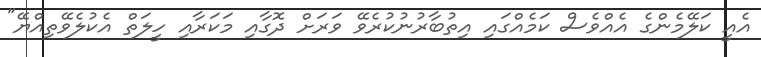
އެއީ ކަލޭމެންގެ އެއްވެސް ކަމެއްގައި އިތުބާރުނުކުރެވޭ ވަރަށް ދޮގާއި މަކަރާއި ހީލަތް އެކުލެވޭތިއްޔޭ"